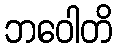
ဘဝေါတိ